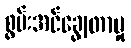
စွမ်းအင်ချွေတာမှု